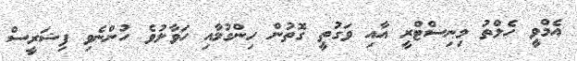
އެމްވީ ހެލްތު މިނިސްޓްރީ އާއި ވަގުތީ ގޮތުން ހިންގުމާއި ހަވާލުވެ ހުންނެވި ފިޝަރީސް